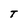
Character: T